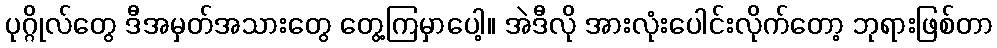
ပုဂ္ဂိုလ်တွေ ဒီအမှတ်အသားတွေ တွေ့ကြမှာပေါ့။ အဲဒီလို အားလုံးပေါင်းလိုက်တော့ ဘုရားဖြစ်တာ